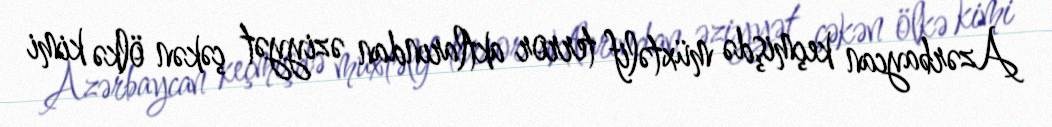
Azərbaycan keçmişdə müxtəlif terror aktlarından əziyyət çəkən ölkə kimi